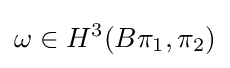
\omega \in H^{3}(B\pi _{1},\pi _{2})